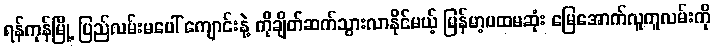
ရန်ကုန်မြို့ ပြည်လမ်းမပေါ် ကျောင်းနဲ့ ကိုချိတ်ဆက်သွားလာနိုင်မယ့် မြန်မာ့ပထမဆုံး မြေအောက်လူကူလမ်းကို